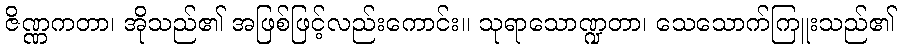
ဇိဏ္ဏကတာ၊ အိုသည်၏ အဖြစ်ဖြင့်လည်းကောင်း။ သုရာသောဏ္ဍတာ၊ သေသောက်ကြူးသည်၏